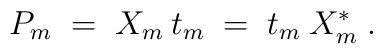
P_m \;=\; X_m\: t_m \;=\; t_m\: X_m^* \;.